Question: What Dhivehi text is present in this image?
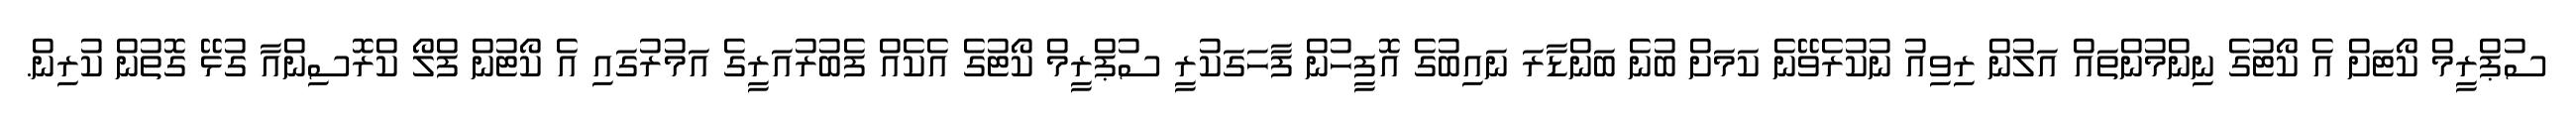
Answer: ސުޕްރީމް ކޯޓަށް އެ ކޯޓުގެ ނިންމުންތައް އަލުން ރިވިއު ނުކުރެވޭނެ ކަމަށް ބުނެ ބަންޑާރަ ނައިބުގެ އޮފީހުން ފާހަގަކުރީ ސުޕްރީމް ކޯޓުގެ އެކެއް ފެބުރުއަރީގެ އަމުރުގައި އެ ކޯޓުން ފްލޯ ކްރޮސިންއާ ގުޅޭ ގޮތުން ކުރިން.